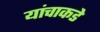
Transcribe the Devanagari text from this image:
यांचाकडे